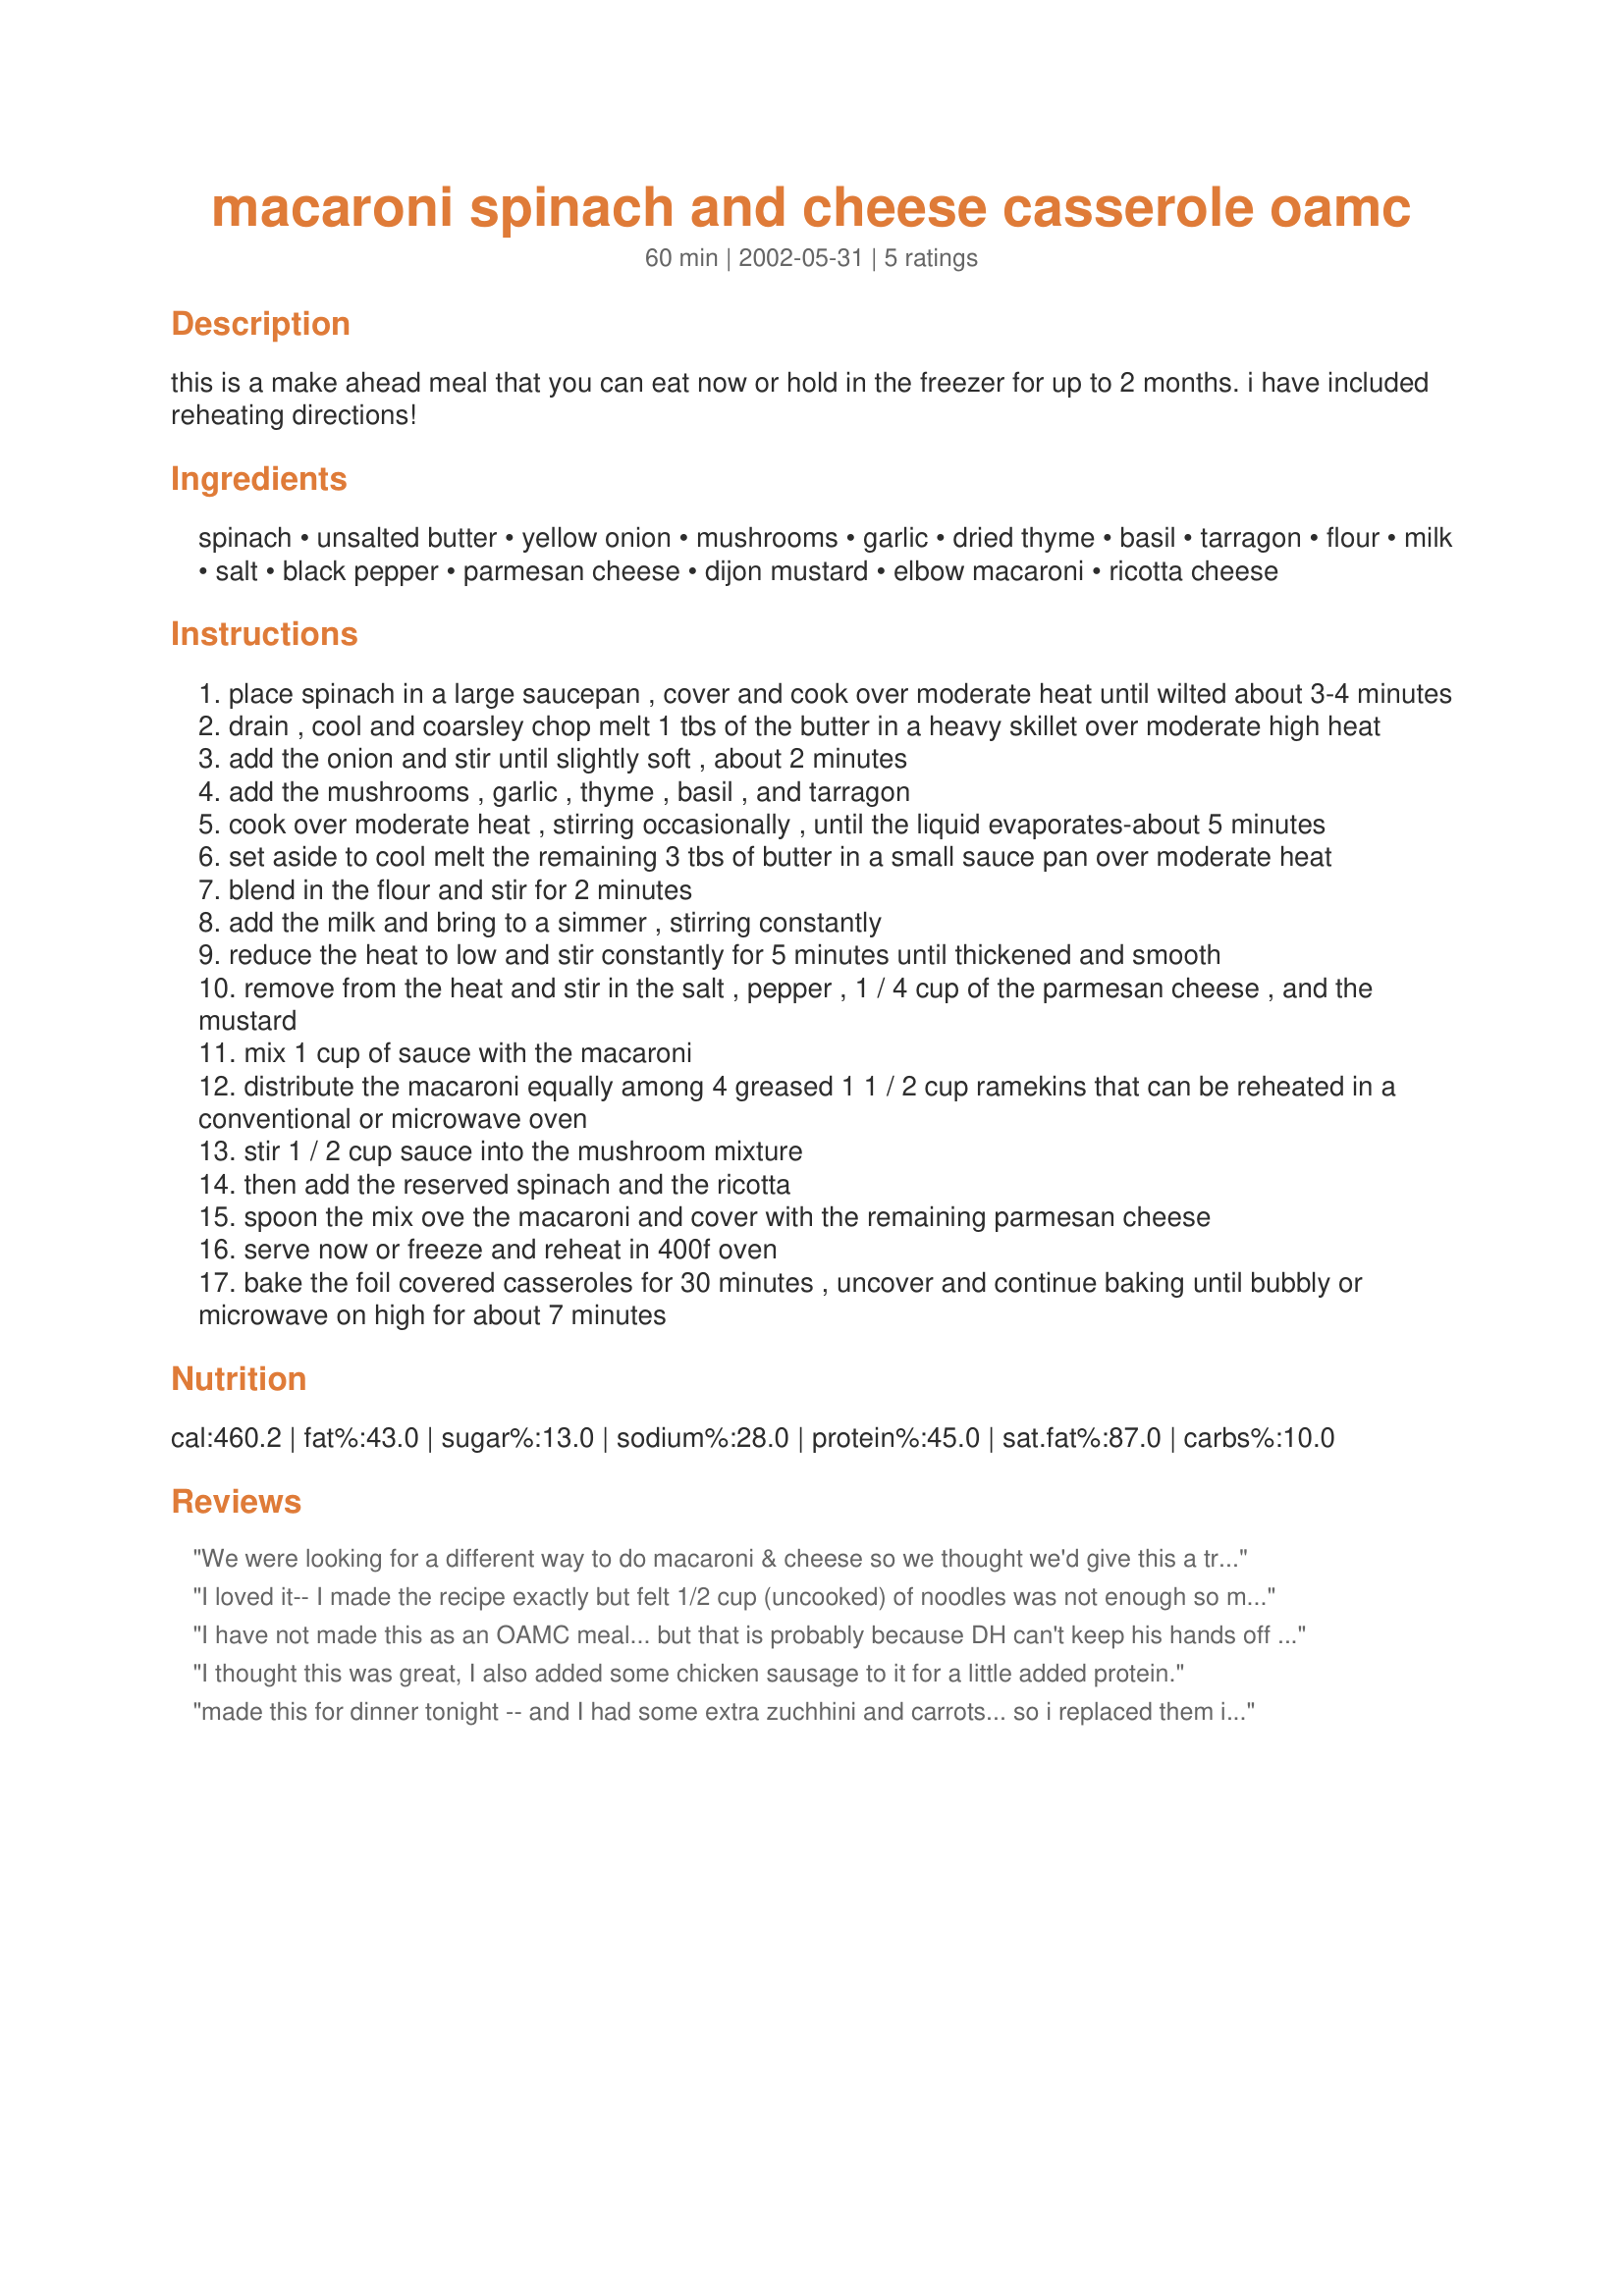
macaroni spinach and cheese casserole oamc
Preparation time: 60 minutes

this is a make ahead meal that you can eat now or hold in the freezer for up to 2 months. i have included reheating directions!

Ingredients:
spinach, unsalted butter, yellow onion, mushrooms, garlic, dried thyme, basil, tarragon, flour, milk, salt, black pepper, parmesan cheese, dijon mustard, elbow macaroni, ricotta cheese

Steps:
place spinach in a large saucepan , cover and cook over moderate heat until wilted about 3-4 minutes
drain , cool and coarsley chop melt 1 tbs of the butter in a heavy skillet over moderate high heat
add the onion and stir until slightly soft , about 2 minutes
add the mushrooms , garlic , thyme , basil , and tarragon
cook over moderate heat , stirring occasionally , until the liquid evaporates-about 5 minutes
set aside to cool melt the remaining 3 tbs of butter in a small sauce pan over moderate heat
blend in the flour and stir for 2 minutes
add the milk and bring to a simmer , stirring constantly
reduce the heat to low and stir constantly for 5 minutes until thickened and smooth
remove from the heat and stir in the salt , pepper , 1 / 4 cup of the parmesan cheese , and the mustard
mix 1 cup of sauce with the macaroni
distribute the macaroni equally among 4 greased 1 1 / 2 cup ramekins that can be reheated in a conventional or microwave oven
stir 1 / 2 cup sauce into the mushroom mixture
then add the reserved spinach and the ricotta
spoon the mix ove the macaroni and cover with the remaining parmesan cheese
serve now or freeze and reheat in 400f oven
bake the foil covered casseroles for 30 minutes , uncover and continue baking until bubbly or microwave on high for about 7 minutes

Reviews:
We were looking for a different way to do macaroni & cheese so we thought we'd give this a try. It was great! We made it as written except for the mushrooms which we were all out of & used frozen, chopped spinach. We'll certainly be making this again the next time we're looking for some comfort food with a twist.
I loved it-- I made the recipe exactly but felt 1/2 cup (uncooked) of noodles was not enough so made another batch of noodles (same amount) and followed recipe exactly except in a 9x13 pan. Definately a keeper-- we used it as a main meatless meal but I think it would make a great side to chicken or fish.
I have not made this as an OAMC meal... but that is probably because DH can't keep his hands off it long enough for it to reach the freezer, lol. I want to try this with meat in it next time to make it a one-dish dinner because my only complaint is its a little complicated as just a side! My parents both love it too!
I thought this was great, I also added some chicken sausage to it for a little added protein.
made this for dinner tonight -- and I had some extra zuchhini and carrots... so i replaced them instead of the mushrooms. I used cottage cheese as well; I forgot to buy the riccota. I just mixed everything together in a casserole dish and then topped w/the extra parmesan... very good. Thanks for the recipe.
